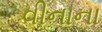
વીનાના